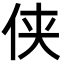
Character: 侠